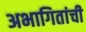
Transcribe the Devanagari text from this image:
अभागितांची